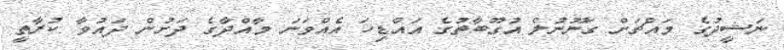
ނަޝީދުގެ މައްޗަށް ގަނޫނުލް އުގޫބާތުގެ އައްޑިހަ އެއްވަނަ މާއްދާގެ ދަށުން ދައުވާ ކުރާތީ